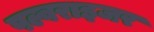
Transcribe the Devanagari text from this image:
पल्वराइजर